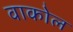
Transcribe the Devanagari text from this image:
वाकोल